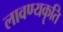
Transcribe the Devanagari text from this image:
लावण्यकॄति